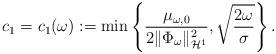
LaTeX: \begin{align*}c_{1}=c_1(\omega):=\min\left\{\frac{\mu_{\omega,0}}{2\|\Phi_{\omega}\|_{\mathcal{H}^1}^2}, \sqrt{\frac{2\omega}{\sigma}}\right\}. \end{align*}